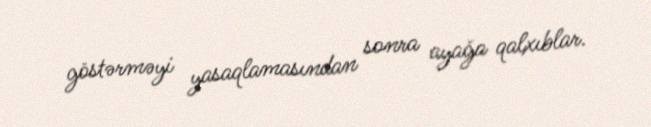
göstərməyi yasaqlamasından sonra ayağa qalxıblar.